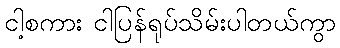
ငါ့စကား ငါပြန်ရုပ်သိမ်းပါတယ်ကွာ